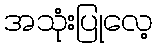
အသုံးပြုလေ့